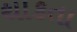
થાકતા